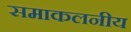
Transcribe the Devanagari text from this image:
समाकलनीय